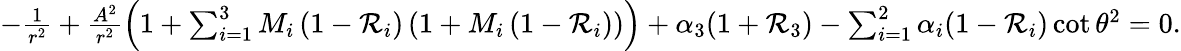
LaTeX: \begin{array}{r}{-\frac{1}{r^{2}}+\frac{A^{2}}{r^{2}}\left(1+\sum_{i=1}^{3}M_{i}\left(1-\mathcal{R}_{i}\right)\left(1+M_{i}\left(1-\mathcal{R}_{i}\right)\right)\right)+\alpha_{3}(1+\mathcal{R}_{3})-\sum_{i=1}^{2}\alpha_{i}(1-\mathcal{R}_{i})\cot\theta^{2}=0.}\end{array}